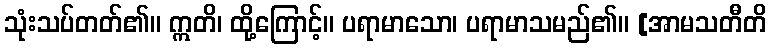
သုံးသပ်တတ်၏။ ဣတိ၊ ထို့ကြောင့်။ ပရာမာသော၊ ပရာမာသမည်၏။ [အာမသတီတိ